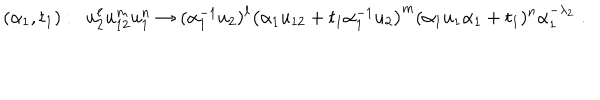
( \alpha _ { 1 } , t _ { 1 } ) : \ \ u _ { 2 } ^ { \ell } u _ { 1 2 } ^ { m } u _ { 1 } ^ { n } \to ( \alpha _ { 1 } ^ { - 1 } u _ { 2 } ) ^ { \ell } \left( \alpha _ { 1 } u _ { 1 2 } + t _ { 1 } \alpha _ { 1 } ^ { - 1 } u _ { 2 } \right) ^ { m } ( \alpha _ { 1 } u _ { 1 } \alpha _ { 1 } + t _ { 1 } ) ^ { n } \alpha _ { 1 } ^ { - \lambda _ { 2 } } \; .